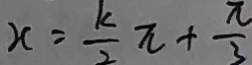
x = \frac { k } { 2 } \pi + \frac { \pi } { 3 }